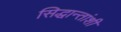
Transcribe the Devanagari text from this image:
सिद्धान्तांशी